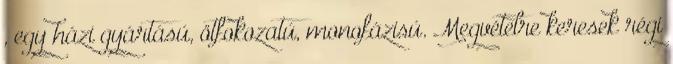
, egy házi gyártású, ötfokozatú, monofázisú. Megvételre keresek régi